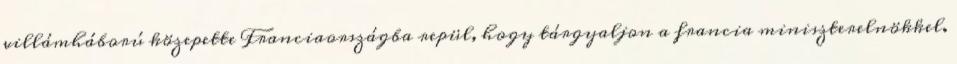
villámháború közepette Franciaországba repül, hogy tárgyaljon a francia miniszterelnökkel.